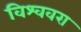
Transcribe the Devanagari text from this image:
विश्ववरा